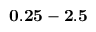
\mathbf { 0 . 2 5 - 2 . 5 }